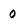
Character: 0